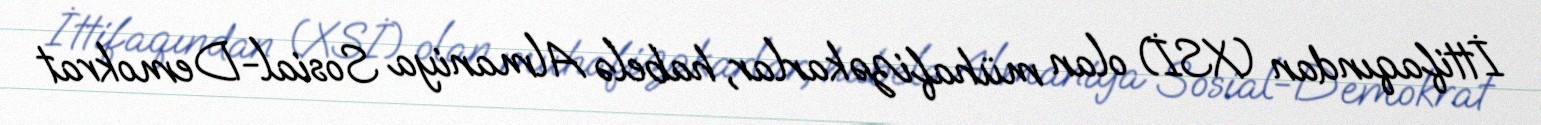
İttifaqından (XSİ) olan mühafizəkarlar, habelə Almaniya Sosial-Demokrat